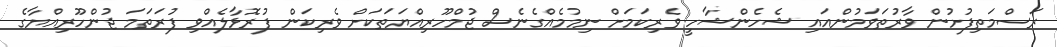
ރަސްމަތިފުށުން ވާރުތަވަމުންއައި ޝެހެންޝާހީ ވެރިކަމަށް ނިމުމެއްގެނެސް ޖުމްހޫރިއްޔަތަކަށް ވެރިކަން ފުރޮޅާލެއްވި ފުރަތަމަ ޖުންހޫރިއްޔާގެ